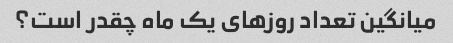
میانگین تعداد روزهای یک ماه چقدر است؟